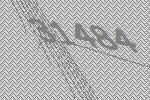
31484